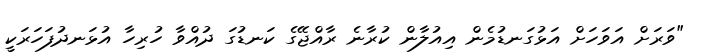
"ވަރަށް އަވަހަށް އަޅުގަނޑުމެން އިއުލާން ކުރާނެ ރާއްޖޭގެ ކަނޑުގަ ދުއްވާ ހުރިހާ އުޅަނދުފަހަރަކީ